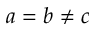
a = b \neq c